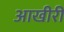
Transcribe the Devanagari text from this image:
आखीरी